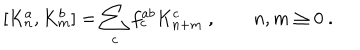
[ K _ { n } ^ { a } , K _ { m } ^ { b } ] = \sum _ { c } f _ { c } ^ { a b } K _ { n + m } ^ { c } \ , \qquad n , m \ge 0 \ .